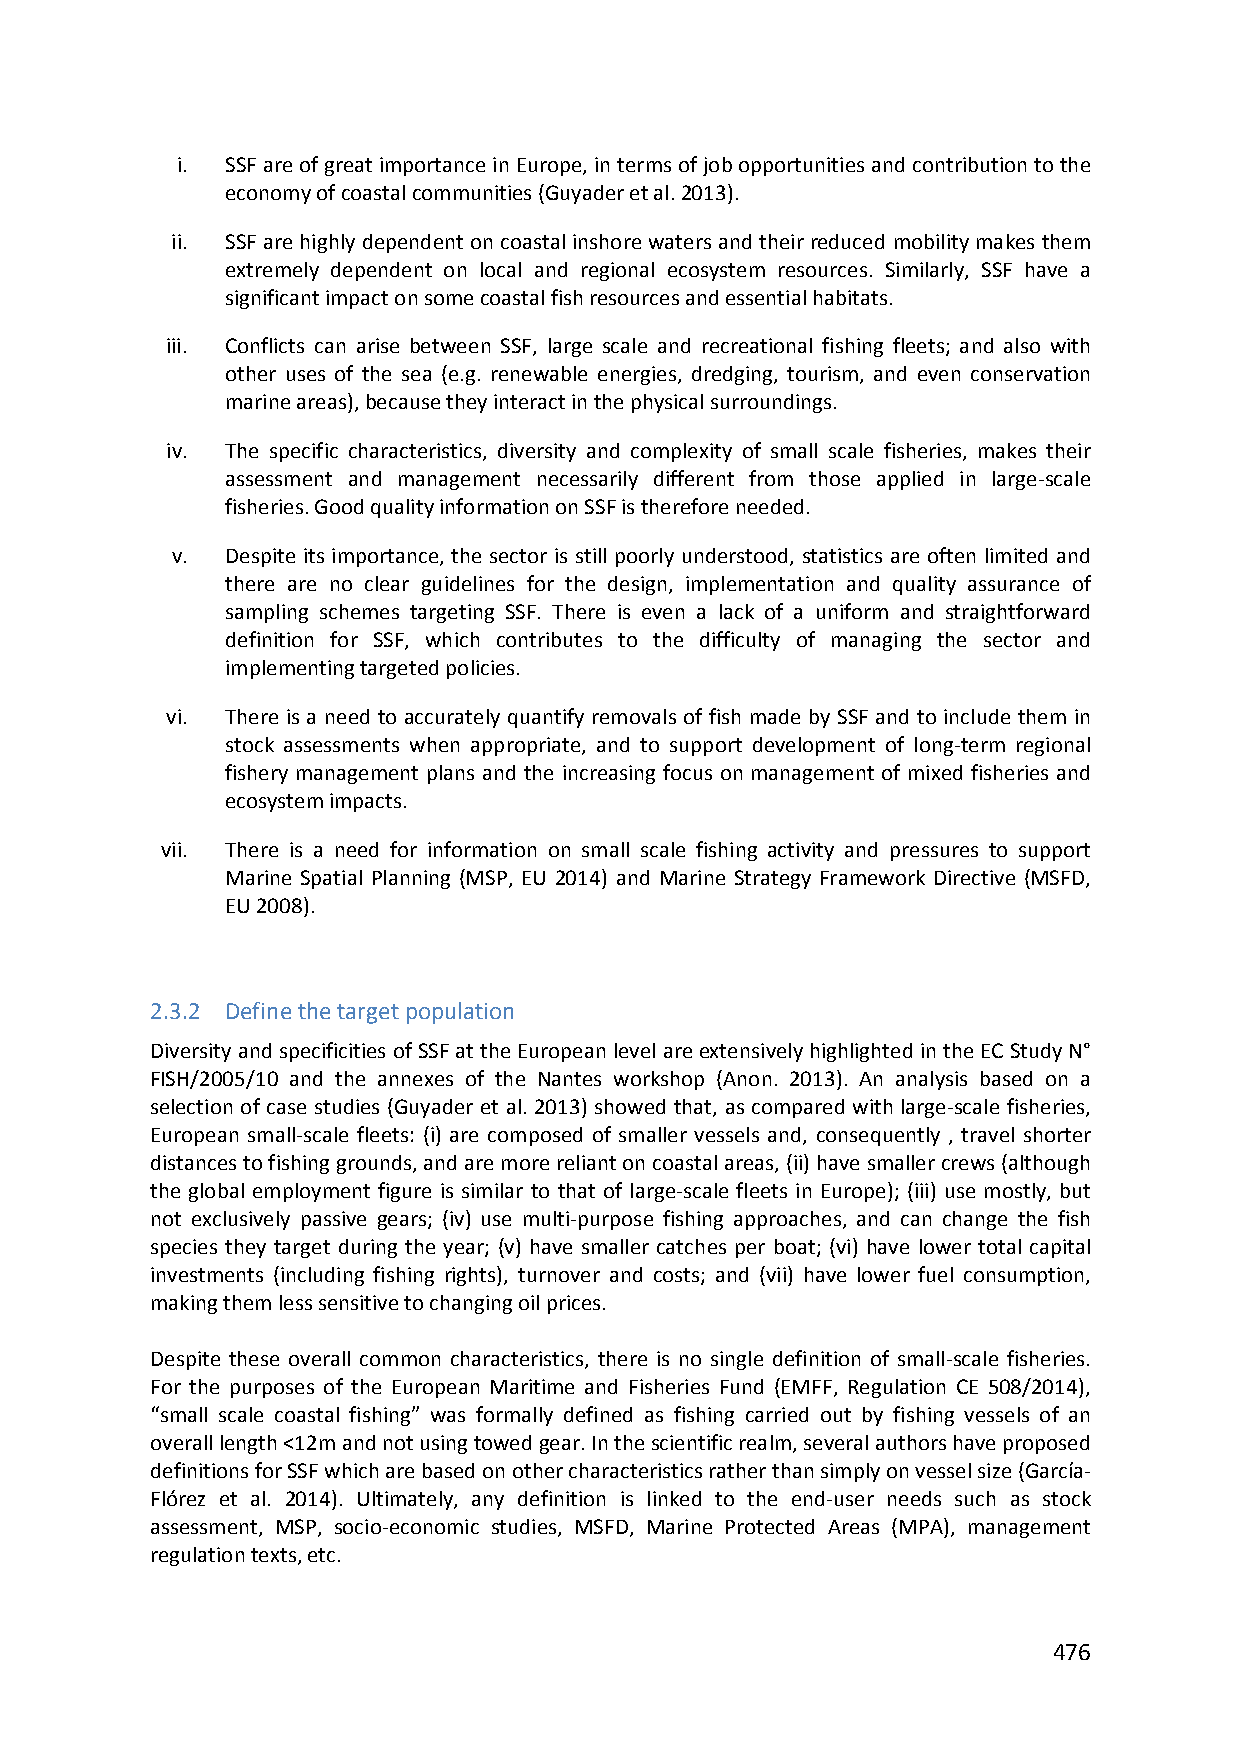
i. SSF are of great importance in Europe, in terms of job opportunities and contribution to the
 economy of coastal communities (Guyader et al. 2013).
 ii. SSF are highly dependent on coastal inshore waters and their reduced mobility makes them
 extremely dependent on local and regional ecosystem resources. Similarly, SSF have a
 significant impact on some coastal fish resources and essential habitats.
 iii. Conflicts can arise between SSF, large scale and recreational fishing fleets; and also with
 other uses of the sea (e.g. renewable energies, dredging, tourism, and even conservation
 marine areas), because they interact in the physical surroundings.
 iv. The specific characteristics, diversity and complexity of small scale fisheries, makes their
 assessment and management necessarily different from those applied in large‐scale
 fisheries. Good quality information on SSF is therefore needed.
 v.  Despite its importance, the sector is still poorly understood, statistics are often limited and
 there are no clear guidelines for the design, implementation and quality assurance of
 sampling schemes targeting SSF. There is even a lack of a uniform and straightforward
 definition for SSF, which contributes to the difficulty of managing the sector and
 implementing targeted policies.
 vi. There is a need to accurately quantify removals of fish made by SSF and to include them in
 stock assessments when appropriate, and to support development of long‐term regional
 fishery management plans and the increasing focus on management of mixed fisheries and
 ecosystem impacts.
 vii. There is a need for information on small scale fishing activity and pressures to support
 Marine Spatial Planning (MSP, EU 2014) and Marine Strategy Framework Directive (MSFD,
 EU 2008).
 2.3.2 Define the target population
 Diversity and specificities of SSF at the European level are extensively highlighted in the EC Study N°
 FISH/2005/10 and the annexes of the Nantes workshop (Anon. 2013). An analysis based on a
 selection of case studies (Guyader et al. 2013) showed that, as compared with large‐scale fisheries,
 European small‐scale fleets: (i) are composed of smaller vessels and, consequently , travel shorter
 distances to fishing grounds, and are more reliant on coastal areas, (ii) have smaller crews (although
 the global employment figure is similar to that of large‐scale fleets in Europe); (iii) use mostly, but
 not exclusively passive gears; (iv) use multi‐purpose fishing approaches, and can change the fish
 species they target during the year; (v) have smaller catches per boat; (vi) have lower total capital
 investments (including fishing rights), turnover and costs; and (vii) have lower fuel consumption,
 making them less sensitive to changing oil prices.
 Despite these overall common characteristics, there is no single definition of small‐scale fisheries.
 For the purposes of the European Maritime and Fisheries Fund (EMFF, Regulation CE 508/2014),
 “small scale coastal fishing” was formally defined as fishing carried out by fishing vessels of an
 overall length <12m and not using towed gear. In the scientific realm, several authors have proposed
 definitions for SSF which are based on other characteristics rather than simply on vessel size (García‐
 Flórez et al. 2014). Ultimately, any definition is linked to the end‐user needs such as stock
 assessment, MSP, socio‐economic studies, MSFD, Marine Protected Areas (MPA), management
 regulation texts, etc.
 476